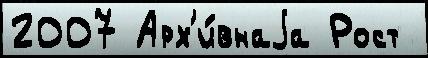
2007 Арх'и́внаjа Рост